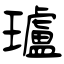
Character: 瓐